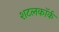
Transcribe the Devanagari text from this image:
शटलकॉर्क